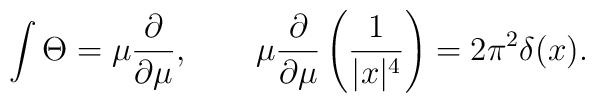
\int \Theta =\mu {\frac{\partial }{\partial \mu }},~~~~~~\mu {\frac{\partial }{\partial \mu }}\left( {\frac{1}{|x|^{4}}}\right) =2\pi ^{2}\delta (x).